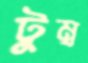
টুম্ব